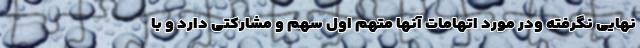
نهایی نگرفته ودر مورد اتهامات آنها متهم اول سهم و مشارکتی دارد و با